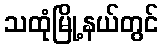
သထုံမြို့နယ်တွင်